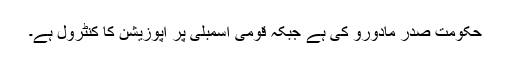
حکومت صدر مادورو کی ہے جبکہ قومی اسمبلی پر اپوزیشن کا کنٹرول ہے۔